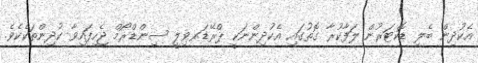
އެކުދިން ބެލި ޑޮކްޓަރުން ލަފާކުރާ ގޮތުގައި އެކުދިންނަކީ ޕްރޭޑަރ-ވިލީ ސިންޑްރޯމް ޖެހިފައިވާ ކުދިންތަކެކެވެ.